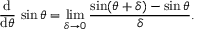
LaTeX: { \frac { \operatorname { d } } { \operatorname { d } \! \theta } } \, \sin \theta = \operatorname* { l i m } _ { \delta \to 0 } { \frac { \sin ( \theta + \delta ) - \sin \theta } { \delta } } .